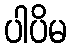
ပါပိမ